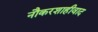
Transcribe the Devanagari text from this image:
नौकरशाहीवाद